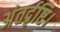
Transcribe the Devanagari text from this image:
अंतर्दृष्टि।